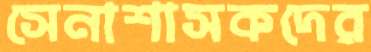
সেনাশাসকদের